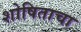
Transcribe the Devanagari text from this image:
शोषिताचा